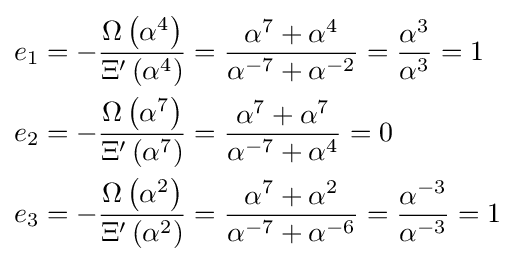
{\begin{aligned}e_{1}&=-{\frac {\Omega \left(\alpha ^{4}\right)}{\Xi '\left(\alpha ^{4}\right)}}={\frac {\alpha ^{7}+\alpha ^{4}}{\alpha ^{-7}+\alpha ^{-2}}}={\frac {\alpha ^{3}}{\alpha ^{3}}}=1\\e_{2}&=-{\frac {\Omega \left(\alpha ^{7}\right)}{\Xi '\left(\alpha ^{7}\right)}}={\frac {\alpha ^{7}+\alpha ^{7}}{\alpha ^{-7}+\alpha ^{4}}}=0\\e_{3}&=-{\frac {\Omega \left(\alpha ^{2}\right)}{\Xi '\left(\alpha ^{2}\right)}}={\frac {\alpha ^{7}+\alpha ^{2}}{\alpha ^{-7}+\alpha ^{-6}}}={\frac {\alpha ^{-3}}{\alpha ^{-3}}}=1\end{aligned}}